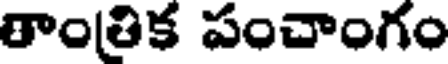
రాం(తిక పంచాంగం